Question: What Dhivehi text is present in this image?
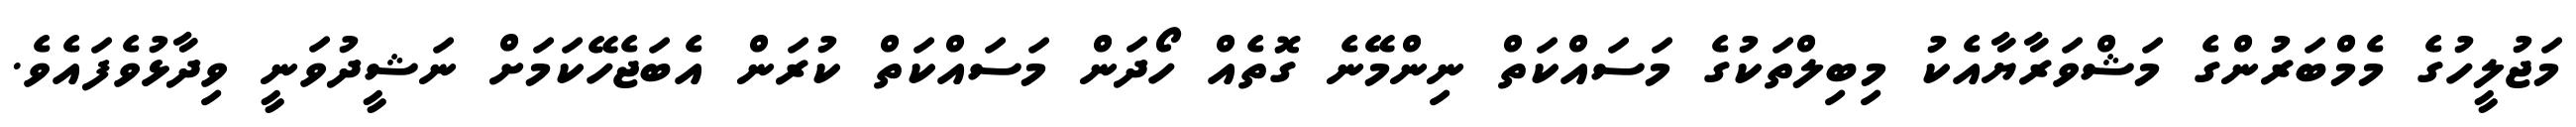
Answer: މަޖުލީހުގެ މެމްބަރުންގެ މަޝްވަރާޔާއެކު މިބިލްތަކުގެ މަސައްކަތް ނިންމޭނެ ގޮތެއް ހޯދަން މަސައްކަތް ކުރަން އެބަޖެހޭކަމަށް ނަޝީދުވަނީ ވިދާޅުވެފައެވެ.